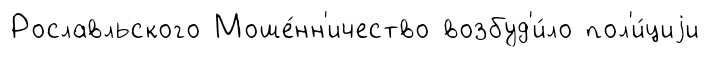
Рославльского Моше́нн'ичество возбуд'и́ло пол'и́циjи